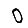
Digit: 0